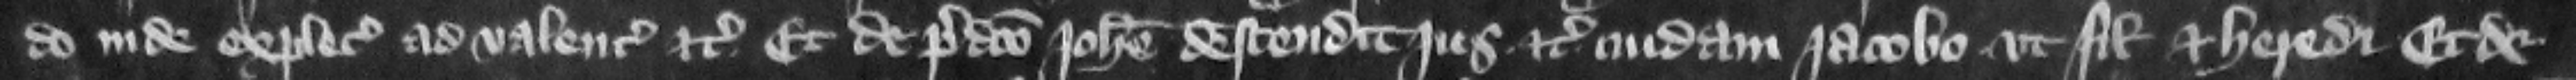
do inde explecia ad valenciam etc. Et de predicto Iohanne descendit jus etc. cuidam Iacobo vt filio et heredi. Et de